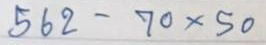
562 - 70 x 50